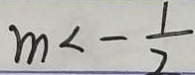
m < - \frac { 1 } { 7 }